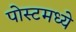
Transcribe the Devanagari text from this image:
पोस्टमध्ये